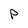
Character: P